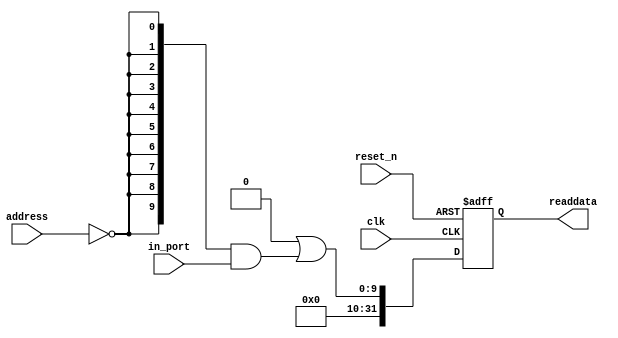
// This program was cloned from: https://github.com/stanford-ppl/spatial-lang
// License: MIT License

//Legal Notice: (C)2017 Altera Corporation. All rights reserved.  Your
//use of Altera Corporation's design tools, logic functions and other
//software and tools, and its AMPP partner logic functions, and any
//output files any of the foregoing (including device programming or
//simulation files), and any associated documentation or information are
//expressly subject to the terms and conditions of the Altera Program
//License Subscription Agreement or other applicable license agreement,
//including, without limitation, that your use is for the sole purpose
//of programming logic devices manufactured by Altera and sold by Altera
//or its authorized distributors.  Please refer to the applicable
//agreement for further details.

// synthesis translate_off
`timescale 1ns / 1ps
// synthesis translate_on

// turn off superfluous verilog processor warnings 
// altera message_level Level1 
// altera message_off 10034 10035 10036 10037 10230 10240 10030 

module Computer_System_Slider_Switches (
                                         // inputs:
                                          address,
                                          clk,
                                          in_port,
                                          reset_n,

                                         // outputs:
                                          readdata
                                       )
;

  output  [ 31: 0] readdata;
  input   [  1: 0] address;
  input            clk;
  input   [  9: 0] in_port;
  input            reset_n;


wire             clk_en;
wire    [  9: 0] data_in;
wire    [  9: 0] read_mux_out;
reg     [ 31: 0] readdata;
  assign clk_en = 1;
  //s1, which is an e_avalon_slave
  assign read_mux_out = {10 {(address == 0)}} & data_in;
  always @(posedge clk or negedge reset_n)
    begin
      if (reset_n == 0)
          readdata <= 0;
      else if (clk_en)
          readdata <= {32'b0 | read_mux_out};
    end


  assign data_in = in_port;

endmodule